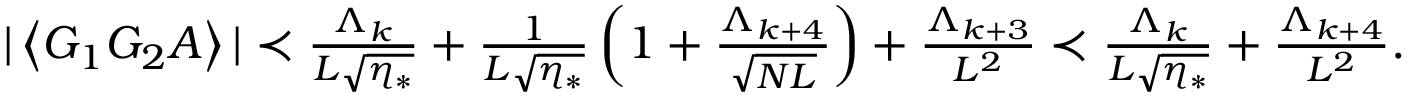
\begin{array} { r } { | \left\langle { G _ { 1 } G _ { 2 } A } \right\rangle | \prec \frac { \Lambda _ { k } } { L \sqrt { \eta _ { * } } } + \frac { 1 } { L \sqrt { \eta _ { * } } } \left( 1 + \frac { \Lambda _ { k + 4 } } { \sqrt { N L } } \right) + \frac { \Lambda _ { k + 3 } } { L ^ { 2 } } \prec \frac { \Lambda _ { k } } { L \sqrt { \eta _ { * } } } + \frac { \Lambda _ { k + 4 } } { L ^ { 2 } } . } \end{array}